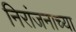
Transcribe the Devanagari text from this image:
निरांजनाच्या